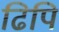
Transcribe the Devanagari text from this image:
ढिपि